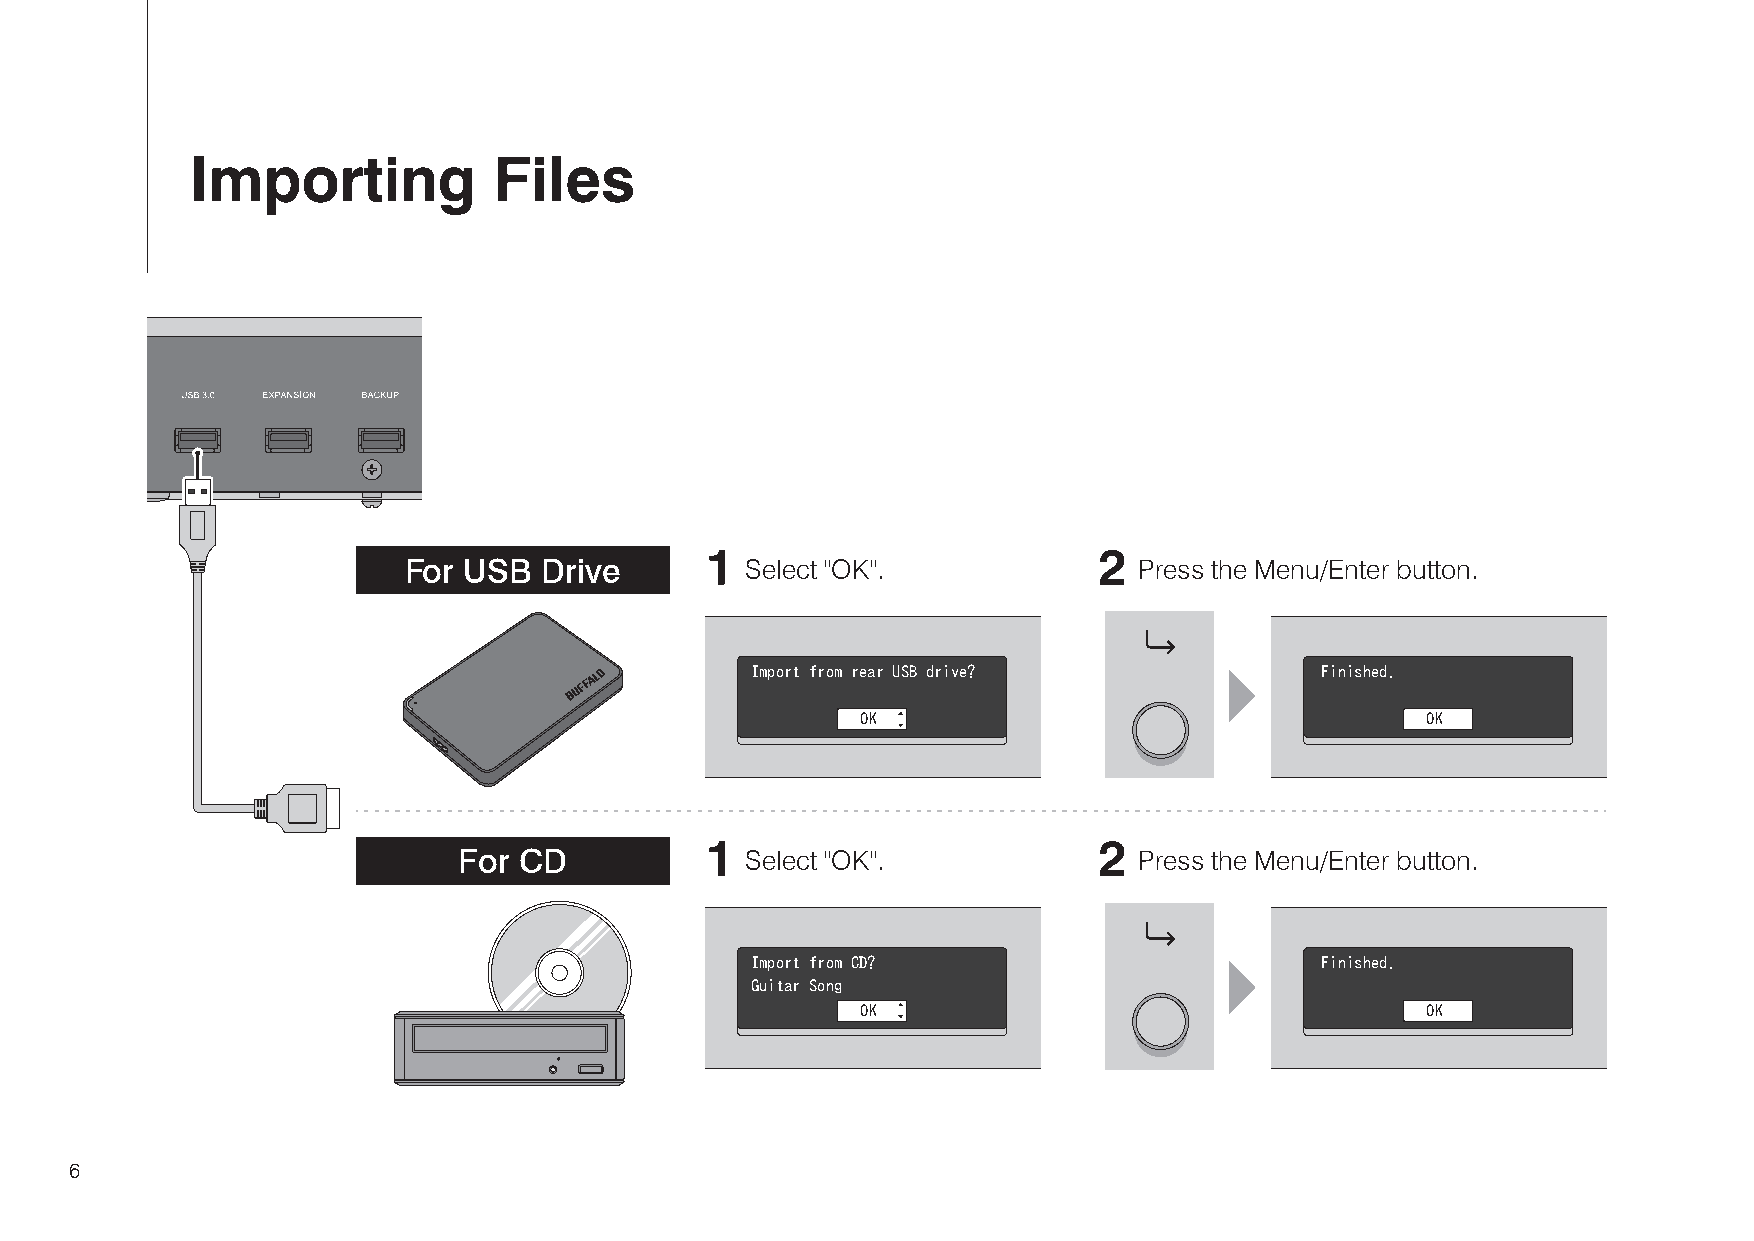
Importing           Files
 1                         2
 For USB  Drive        Select "OK".              Press the Menu/Enter button.
 Import from rear USB drive?          Finished.
 OK                                   OK
 1                         2
 For CD             Select "OK".              Press the Menu/Enter button.
 Import from CD?                      Finished.
 Guitar Song
 OK                                   OK
 6